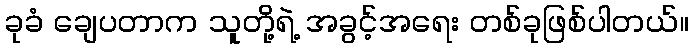
ခုခံ ချေပတာက သူတို့ရဲ့ အခွင့်အရေး တစ်ခုဖြစ်ပါတယ်။